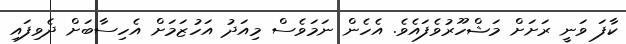
ކާފަ ވަނީ ރަށަށް މަޝްހޫރުވެފައެވެ. އެހެން ނަމަވެސް މިއަދު އަހުޒަމަށް އެހިސާބަށް ދެވިފައި